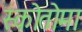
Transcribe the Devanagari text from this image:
स्कोतोमा